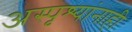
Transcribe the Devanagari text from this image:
अस्पृश्यांनाही